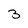
Character: 3